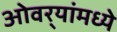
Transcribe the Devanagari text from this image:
ओवर्‍यांमध्ये